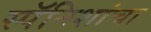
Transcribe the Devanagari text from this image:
स्पॅनिशांचा